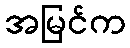
အမြင်က